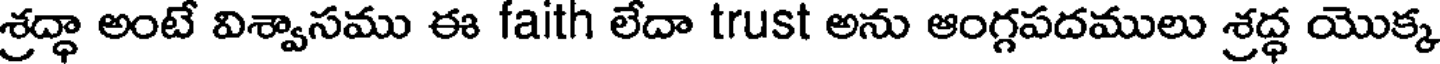
శ్రద్ధా అంటే విశ్వాసము ఈ faith లేదా trust అను ఆంగ్గపదములు శ్రద్ధ యొక్క